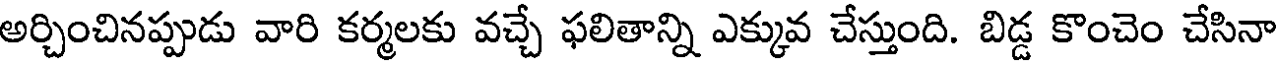
అర్చించినప్పుడు వారి కర్మలకు వచ్చే ఫలితాన్ని ఎక్కువ చేస్తుంది. బిడ్డ కొంచెం చేసినా